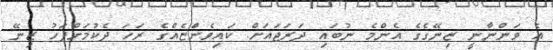
އެ ވަންނާނީ ޒިނޭގެގެ އެންމެ ނުބައި ދަރަޖައަށް. ކައިވެންޏެއްގެ ރަހަ ދެކުމަށްފަހު ޒިނޭ